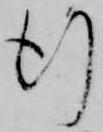
行